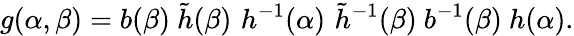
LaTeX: g(\alpha,\beta)=b(\beta)\ \tilde{h}(\beta)\, \, h^{-1}(\alpha)\, \, \tilde{h}^{-1}(\beta)\ b^{-1}(\beta)\ h(\alpha).